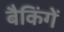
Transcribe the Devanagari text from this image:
बैकिंगें